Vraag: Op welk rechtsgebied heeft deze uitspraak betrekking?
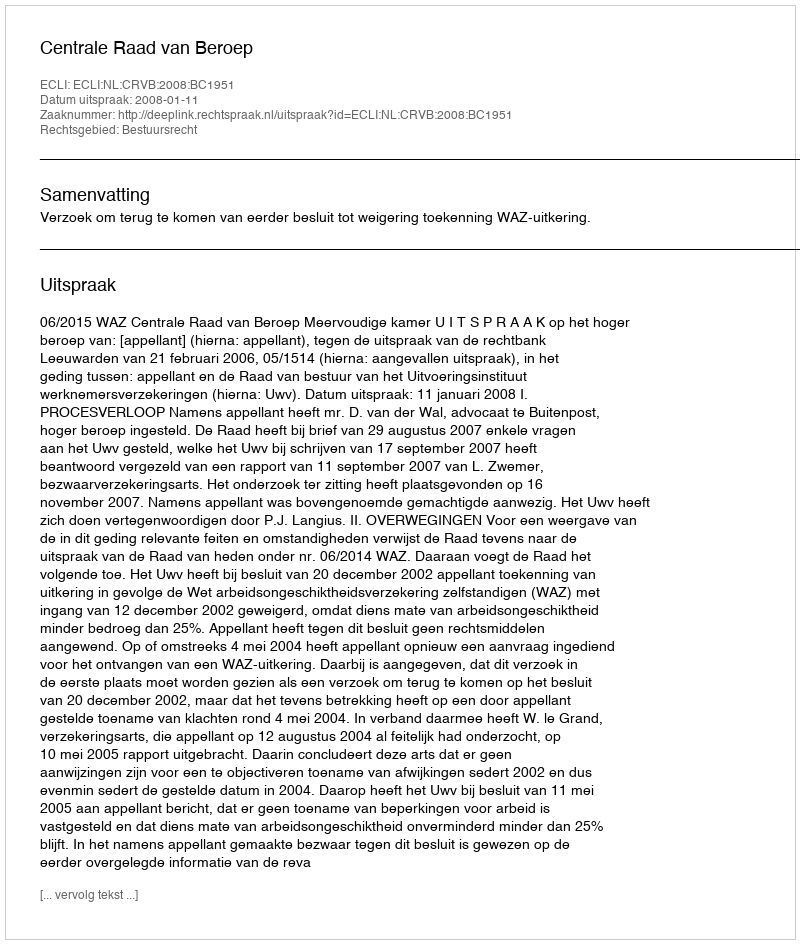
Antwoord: Bestuursrecht